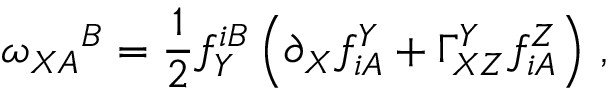
\omega _ { X A } { } ^ { B } = \frac 1 2 f _ { Y } ^ { i B } \left( \partial _ { X } f _ { i A } ^ { Y } + \Gamma _ { X Z } ^ { Y } f _ { i A } ^ { Z } \right) \, ,